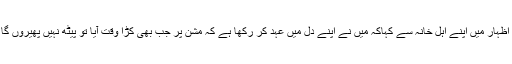
شہادت سے قبل شب قائد تحریک سے اپنی محبت کے اظہار میں اپنے اہل خانہ سے کہاکہ میں نے اپنے دل میں عہد کر رکھا ہے کہ مشن پر جب بھی کڑا وقت آیا تو پیٹھ نہیں پھیروں گا بلکہ انقلاب کے لیے اپنے سینے پر گولیاں کھائوں گا۔